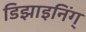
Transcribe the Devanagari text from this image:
डिझाइनिंग्